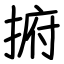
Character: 捬